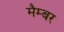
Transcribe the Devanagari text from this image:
मैम्बर